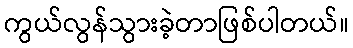
ကွယ်လွန်သွားခဲ့တာဖြစ်ပါတယ်။